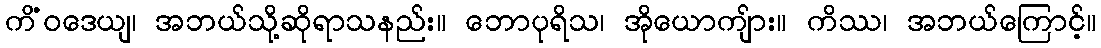
ကိံဝဒေယျ၊ အဘယ်သို့ဆိုရာသနည်း။ ဘောပုရိသ၊ အိုယောကျ်ား။ ကိဿ၊ အဘယ်ကြောင့်။